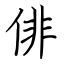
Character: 俳